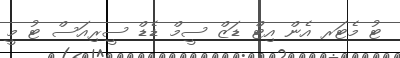
ޓު މެޓަރ އެން އިޓް ޑަޒް ސީމް ޑެޑް ސީރިއަސް ޓު މީ